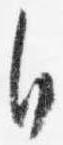
自